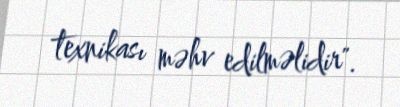
texnikası məhv edilməlidir".